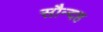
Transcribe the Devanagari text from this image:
सौन्दह